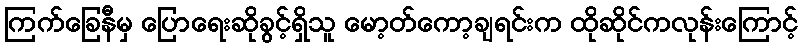
ကြက်ခြေနီမှ ပြောရေးဆိုခွင့်ရှိသူ မော့တ်ကော့ချရင်းက ထိုဆိုင်ကလုန်းကြောင့်